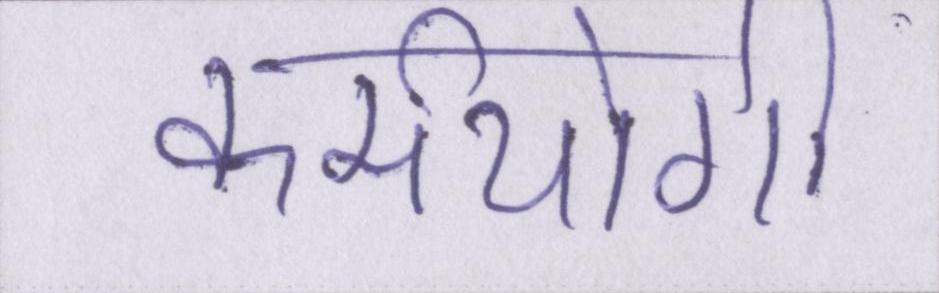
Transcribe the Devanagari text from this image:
कर्मयोगी